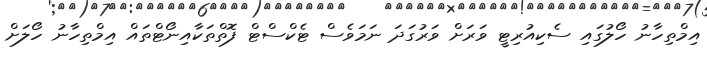
އިމްތިހާނު ހޯލުގައި ސެކިއުރިޓީ ވަރަށް ވަރުގަދަ ނަމަވެސް ޓެކްސްޓް ފޮތްތަކާއިނޯޓްތައް އިމްތިހާނު ހޯލަށް